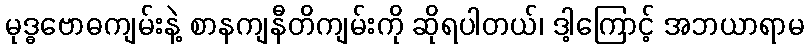
မုဒ္ဓဗောဓကျမ်းနဲ့ စာနကျနီတိကျမ်းကို ဆိုရပါတယ်၊ ဒါ့ကြောင့် အဘယာရာမ